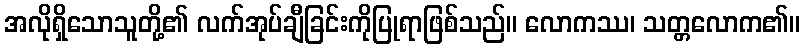
အလိုရှိသောသူတို့၏ လက်အုပ်ချီခြင်းကိုပြုရာဖြစ်သည်။ လောကဿ၊ သတ္တလောက၏။